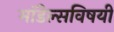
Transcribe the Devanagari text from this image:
मॉडेल्सविषयी